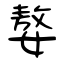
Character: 嫯